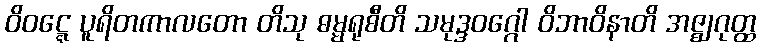
ဝိဝဋ္ဋေ ပူရိတကာလတော တိသု ဓမ္မရုစီတိ သမုဒ္ဒဝဂ္ဂေါ ဝိဘာဝိနာတိ အဇ္ဈဂုတ္ထ